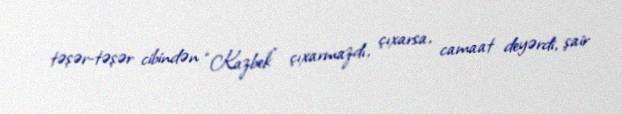
təşər-təşər cibindən “Kazbek” çıxarmazdı, çıxarsa, camaat deyərdi, şair